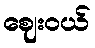
ဈေးဝယ်